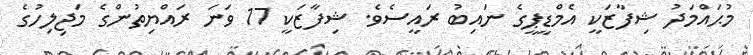
މުޙައްމަދު ޝިފާޒަކީ އެމްޑީޕީގެ ނައިބު ރައީސެވެ. ޝިފާޒަކީ 17 ވަނަ ރައްޔިތުންގެ މަޖިލިހުގެ